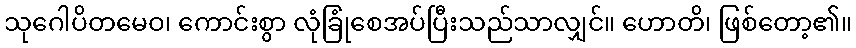
သုဂေါပိတမေဝ၊ ကောင်းစွာ လုံခြုံစေအပ်ပြီးသည်သာလျှင်။ ဟောတိ၊ ဖြစ်တော့၏။